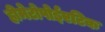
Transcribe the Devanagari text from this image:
हीमेटोपोईएटिक